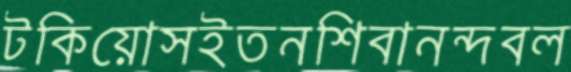
টকিয়োসইতনশিবানন্দবল